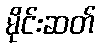
မိုင်းဆတ်